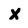
Character: X